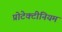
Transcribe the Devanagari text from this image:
प्रोटेक्टीनियम